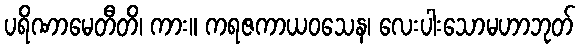
ပရိဏာမေတီတိ၊ ကား။ ကရဇကာယဝသေန၊ လေးပါးသောမဟာဘုတ်